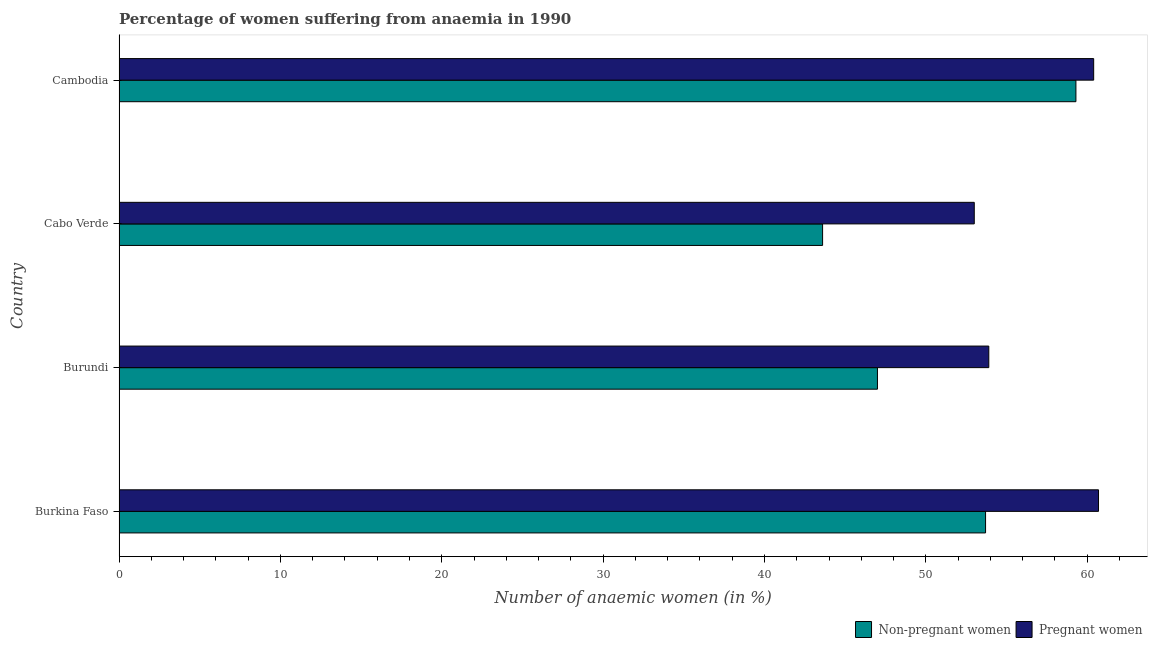
| Country | Non-pregnant women | Pregnant women |
 | --- | --- | --- |
 | Burkina Faso | 53.7 | 60.7 |
 | Burundi | 47 | 53.9 |
 | Cabo Verde | 43.6 | 53 |
 | Cambodia | 59.3 | 60.4 |